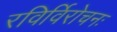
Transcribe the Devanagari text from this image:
रविर्विरोचनः